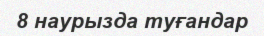
8 наурызда туғандар